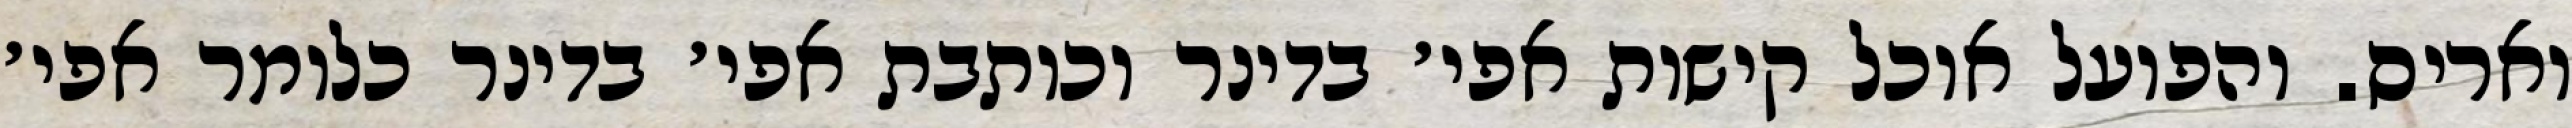
ואריס. והפועל אוכל קישות אפי׳ בדינר וכותבת אפי׳ בדינר כלומר אפי׳